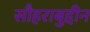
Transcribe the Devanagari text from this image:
सौहराबुद्दीन